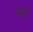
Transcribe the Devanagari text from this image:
केवई